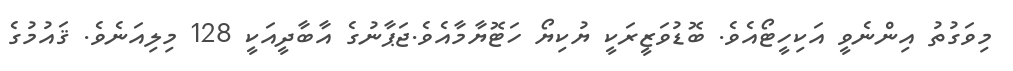
މިވަގުތު އިންނެވީ އަކިހީޓޯއެވެ. ބޮޑުވަޒީރަކީ ޔުކިޔޯ ހަޓޮޔާމާއެވެ.ޖަޕާނުގެ އާބާދީއަކީ 128 މިލިއަނެވެ. ޤައުމުގެ